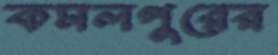
কমলপুরের